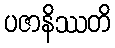
ပဇာနိဿတိ